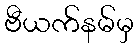
ဗီယက်နမ်မှ